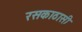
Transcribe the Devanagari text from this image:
रसकाठासी